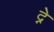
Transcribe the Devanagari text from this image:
द्ने